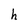
Character: h